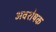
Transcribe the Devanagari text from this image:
अवशेषक